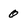
Character: 0